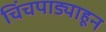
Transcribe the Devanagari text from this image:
चिंचपाड्याहून